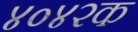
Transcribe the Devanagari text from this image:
४०४२क